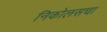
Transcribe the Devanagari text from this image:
निकोलसचा